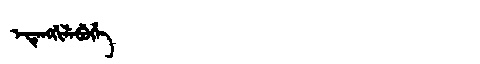
Manchu: ᡝᡨᡝᠩᡤᡳᠯᡝᠪᡠᡥᡝ
Romanization: ETENGGILEBUHE